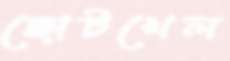
ছোটখেল